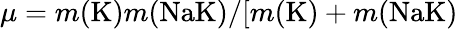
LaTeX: \mu=m(\textrm{K})m(\textrm{Na}\textrm{K})/[m(\textrm{K})+m(\textrm{Na}\textrm{K)}